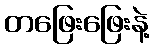
တဖြေးဖြေးနဲ့